King Institute of Preventive Medicine Bacteriolog. Section reports 1907-08
Year: 1907
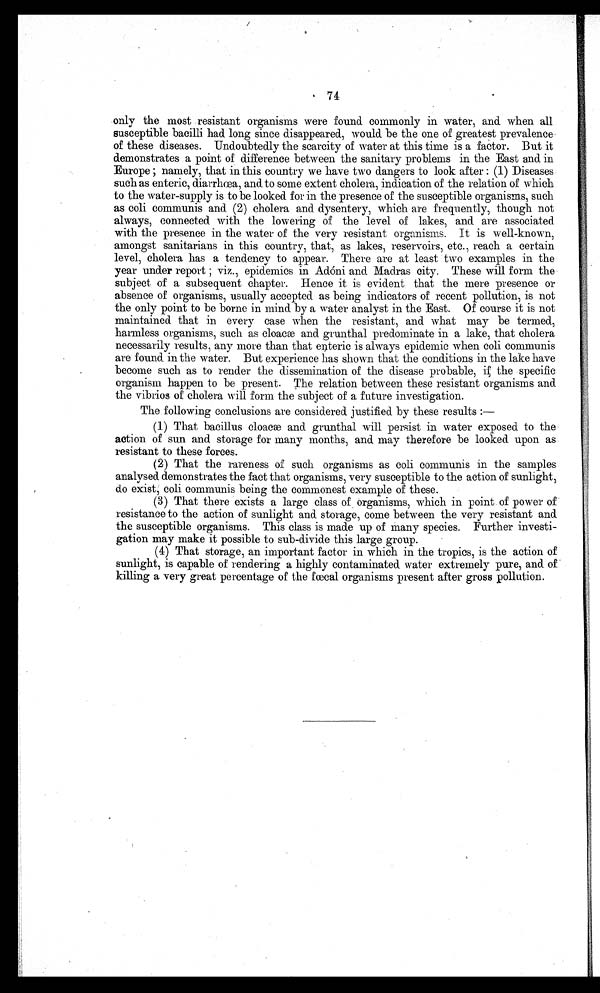
7 4
only the most resistant organisms were found commonly in water, and. when all
susceptible bacilli had long since disappeared, would be the one of greatest prevalence
of these diseases. Undoubtedly the scarcity of water at this time is a factor. But it
demonstrates a point of difference between the sanitary problems in the East and in
E u r o p e ; n a m e l y , t h a t i n t h i s c o u n t r y w e h a v e t w o d a n g e r s t o l o o k a f t e r : ( 1 ) D i s e a s e s
such as enteric, diarrhæa, and to some extent cholera, indication of the relation of which
to the water-supply is to be looked for in the presence of the susceptible organisms, such
as coli communis and (2) cholera and dysentery, which are frequently, though not
always, connected with the lowering of the level of lakes, and are associated
with the presence in the water of the very resistant organisms. It is well-known,
amongst sanitarians in this country, that, as lakes, reservoirs, etc., reach a certain
level, cholera has a tendency to appear. There are at least two examples in the
ye a r unde r r e por t ; vi z . , e pi de mi c s i n Adóni a nd Ma dr a s c i t y. The s e wi l l f or m t he
subject of a subsequent chapter. Hence it is evident that the mere presence or
absence of organisms, usually accepted as being indicators of recent pollution, is not
the only point to be borne in mind by a water analyst in the East. Of course it is not
maintained that in every ease when the resistant, and what may be termed,
harmless organisms, such as cloacæ and grunthal predominate in a lake, that cholera
necessarily results, any more than that enteric is always epidemic when coli communis
are found in the water. But experience has shown that the conditions in the lake have
become such as to render the dissemination of the disease probable, if the specific
organism happen to be present. The relation between these resistant organisms and
the vibrios of cholera will form the subject of a future investigation.
The following conclusions are considered justified by these results:
—
(1) That bacillus cloacæ and grunthal will persist in water exposed to the
action of sun and storage for many months, and may therefore be looked upon as
resistant to these forces.
(2) That the rareness of such organisms as coli communis in the samples
analysed demonstrates the fact that organisms, very susceptible to the action of sunlight,
do exist, coli communis being the commonest example of these.
(3) That there exists a large class of organisms, which in point of power of
resistance to the action of sunlight and storage, come between the very resistant and
the susceptible organisms. This class is made up of many species. Further investi--
gation may make it possible to sub-divide this large group.
(4) That storage, an important factor in which in the tropics, is the action of
sunlight, is capable of rendering a highly contaminated water extremely pure, and of
killing a very great percentage of the fœcal organisms present after gross pollution.